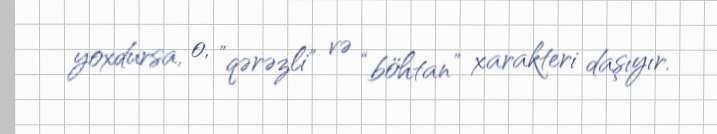
yoxdursa, o, ”qərəzli" və “böhtan” xarakteri daşıyır.